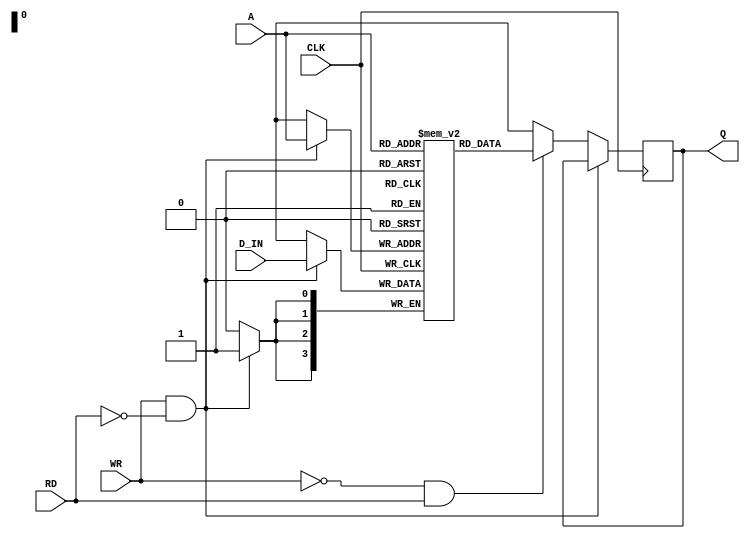
module memory(CLK, WR, RD, A, D_IN, Q);
  input CLK, WR, RD;
  input[3:0] A, D_IN;
  output reg [3:0] Q;
  
  reg[3:0] SRAM[15:0];
  
  always@(posedge CLK) begin
    if(WR == 1 && RD == 0) begin
      SRAM[A] <= D_IN;
    end
    else if (WR == 0 && RD == 1) begin
      Q <= SRAM[A];
    end
    else Q <= 4'bxxxx;
  end
endmodule